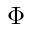
\Phi